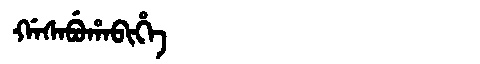
Manchu: ᡤᠠᠰᠠᠪᡠᡥᠠᠪᡳᡥᡝ
Romanization: GASABUHABIHE